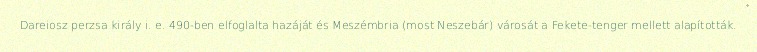
Dareiosz perzsa király i. e. 490-ben elfoglalta hazáját és Meszémbria (most Neszebár) városát a Fekete-tenger mellett alapították.